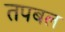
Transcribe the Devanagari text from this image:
तपबल